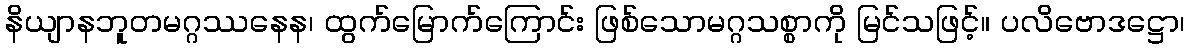
နိယျာနဘူတမဂ္ဂဿနေန၊ ထွက်မြောက်ကြောင်း ဖြစ်သောမဂ္ဂသစ္စာကို မြင်သဖြင့်။ ပလိဗောဒဋ္ဌော၊